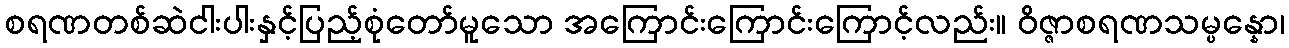
စရဏတစ်ဆဲငါးပါးနှင့်ပြည့်စုံတော်မူသော အကြောင်းကြောင်းကြောင့်လည်း။ ဝိဇ္ဇာစရဏသမ္ပန္နော၊